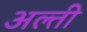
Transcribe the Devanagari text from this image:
अल्ती